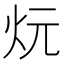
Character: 𪸑